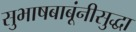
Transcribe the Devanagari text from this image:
सुभाषबाबूंनीसुद्धा